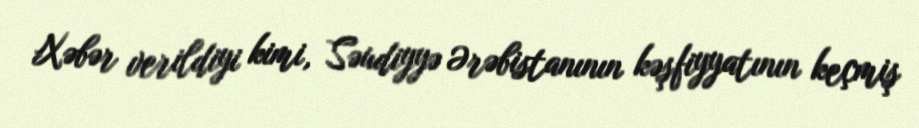
Xəbər verildiyi kimi, Səudiyyə Ərəbistanının kəşfiyyatının keçmiş